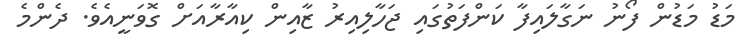
މަޑު މަޑުން ފޯނު ނަގާލައިފާ ކަންފަތުގައި ޖަހާލިއިރު ޒާއިން ކިއާރާއަށް ގޮވަނީއެވެ. ދެންމެ